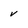
Character: v